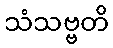
သံသဗ္ဗတိ